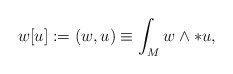
\begin{align*}w[u] := (w,u) \equiv \int_{M} w \wedge * u,\end{align*}